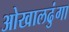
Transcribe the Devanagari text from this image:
ओखालढुंगा